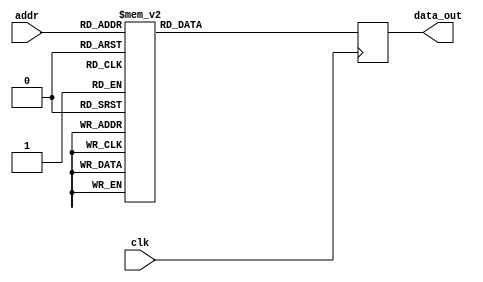
module FFT_twiddle_ROM_img_6 (
    input wire clk,
    input wire [4:0] addr,
    output reg [15:0] data_out
);

always @(posedge clk) begin
    case(addr)
 
5'b00000: data_out <= 16'h0000 ;
5'b00001: data_out <= 16'h0000 ;
5'b00010: data_out <= 16'h0000 ;
5'b00011: data_out <= 16'h0000 ;
5'b00100: data_out <= 16'h0000 ;
5'b00101: data_out <= 16'hFF00 ;
5'b00110: data_out <= 16'h0000 ;
5'b00111: data_out <= 16'hFF00 ;
5'b01000: data_out <= 16'h0000 ;
5'b01001: data_out <= 16'hFF4A ;
5'b01010: data_out <= 16'hFF00 ;
5'b01011: data_out <= 16'hFF4A ;
5'b01100: data_out <= 16'h0000 ;
5'b01101: data_out <= 16'hFF9E ;
5'b01110: data_out <= 16'hFF4A ;
5'b01111: data_out <= 16'hFF13 ;
5'b10000: data_out <= 16'hFF00 ;
5'b10001: data_out <= 16'hFF04 ;
5'b10010: data_out <= 16'hFF13 ;
5'b10011: data_out <= 16'hFF2B ;
5'b10100: data_out <= 16'hFF4A ;
5'b10101: data_out <= 16'hFF5D ;
5'b10110: data_out <= 16'hFF71 ;
5'b10111: data_out <= 16'hFF87 ;
5'b11000: data_out <= 16'hFF13 ;
5'b11001: data_out <= 16'hFF0E ;
5'b11010: data_out <= 16'hFF0B ;
5'b11011: data_out <= 16'hFF07 ;






        default: data_out <= 16'h00000;
    endcase
end

endmodule